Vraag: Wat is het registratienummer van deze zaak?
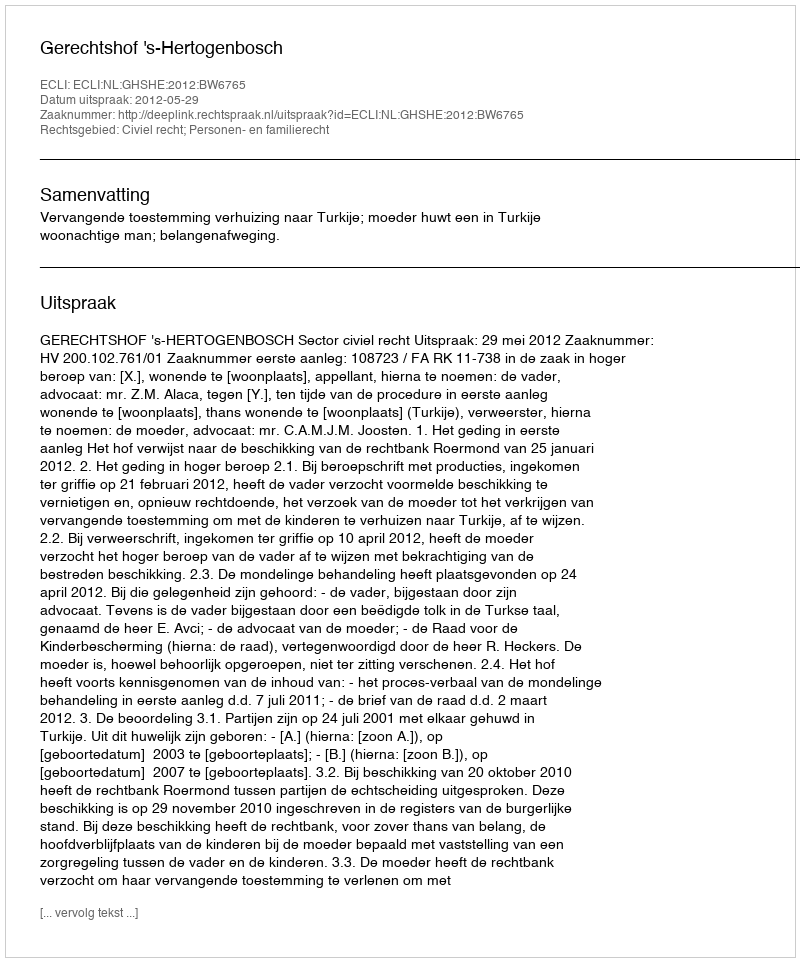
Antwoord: http://deeplink.rechtspraak.nl/uitspraak?id=ECLI:NL:GHSHE:2012:BW6765